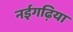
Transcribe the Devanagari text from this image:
नईगढ़िया